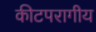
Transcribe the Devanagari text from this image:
कीटपरागीय